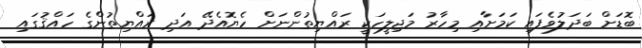
ބޮޑަށް ބަދަލުވެފައި ކަމަށާއި މިހާރު މަޖިލީހަކީ ރައްޔިތުންނަށް ހެޔޮއެދޭ އަދި ރައްޔިތުންގެ ހައްޤުގައި